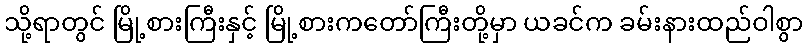
သို့ရာတွင် မြို့စားကြီးနှင့် မြို့စားကတော်ကြီးတို့မှာ ယခင်က ခမ်းနားထည်ဝါစွာ